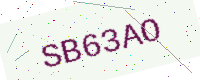
Text: SB63AO